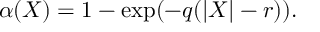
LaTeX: \alpha ( X ) = 1 - \exp ( { - q ( | X | - r ) } ) .